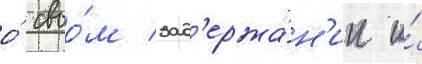
о́ своо́м зад'ержа́н'ии и́